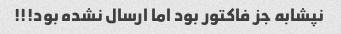
نپشابه جز فاکتور بود اما ارسال نشده بود!!!